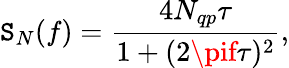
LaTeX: \mathtt{S}_{N}(f)=\frac{{4N_{qp}\tau}}{{1+(2\pif\tau)^{2}}},